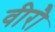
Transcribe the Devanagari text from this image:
वीरौ